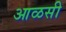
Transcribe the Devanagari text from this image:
आळसी